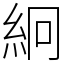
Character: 絅